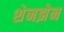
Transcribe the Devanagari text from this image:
शेनझेन